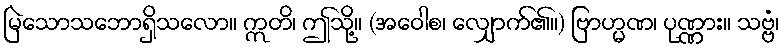
မြဲသောသဘောရှိသလော။ ဣတိ၊ ဤသို့။ (အဝေါစ၊ လျှောက်၏။) ဗြာဟ္မဏ၊ ပုဏ္ဏား။ သဗ္ဗံ၊